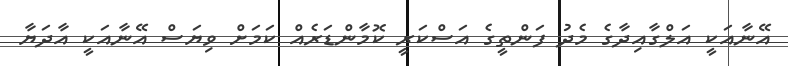
އޭނާއަކީ އަލްގާއިދާގެ މެދު ފަންތީގެ އަސްކަރީ ކޮމާންޑަރެއް ކަމަށް ވިޔަސް އޭނާއަކީ އާދަޔާ